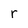
Character: r